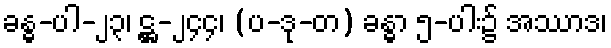
ခန္ဓ-ပါ-၂၃၊ ဋ္ဌ-၂၄၄၊ (ပ-ဒု-တ) ခန္ဓာ ၅-ပါး၌ အဿာဒ၊